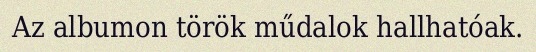
Az albumon török műdalok hallhatóak.